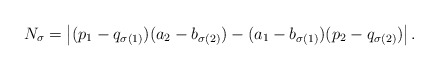
\begin{align*}N_\sigma = \left|(p_1-q_{\sigma(1)}) (a_2-b_{\sigma(2)}) -(a_1-b_{\sigma(1)})(p_2-q_{\sigma(2)})\right|.\end{align*}